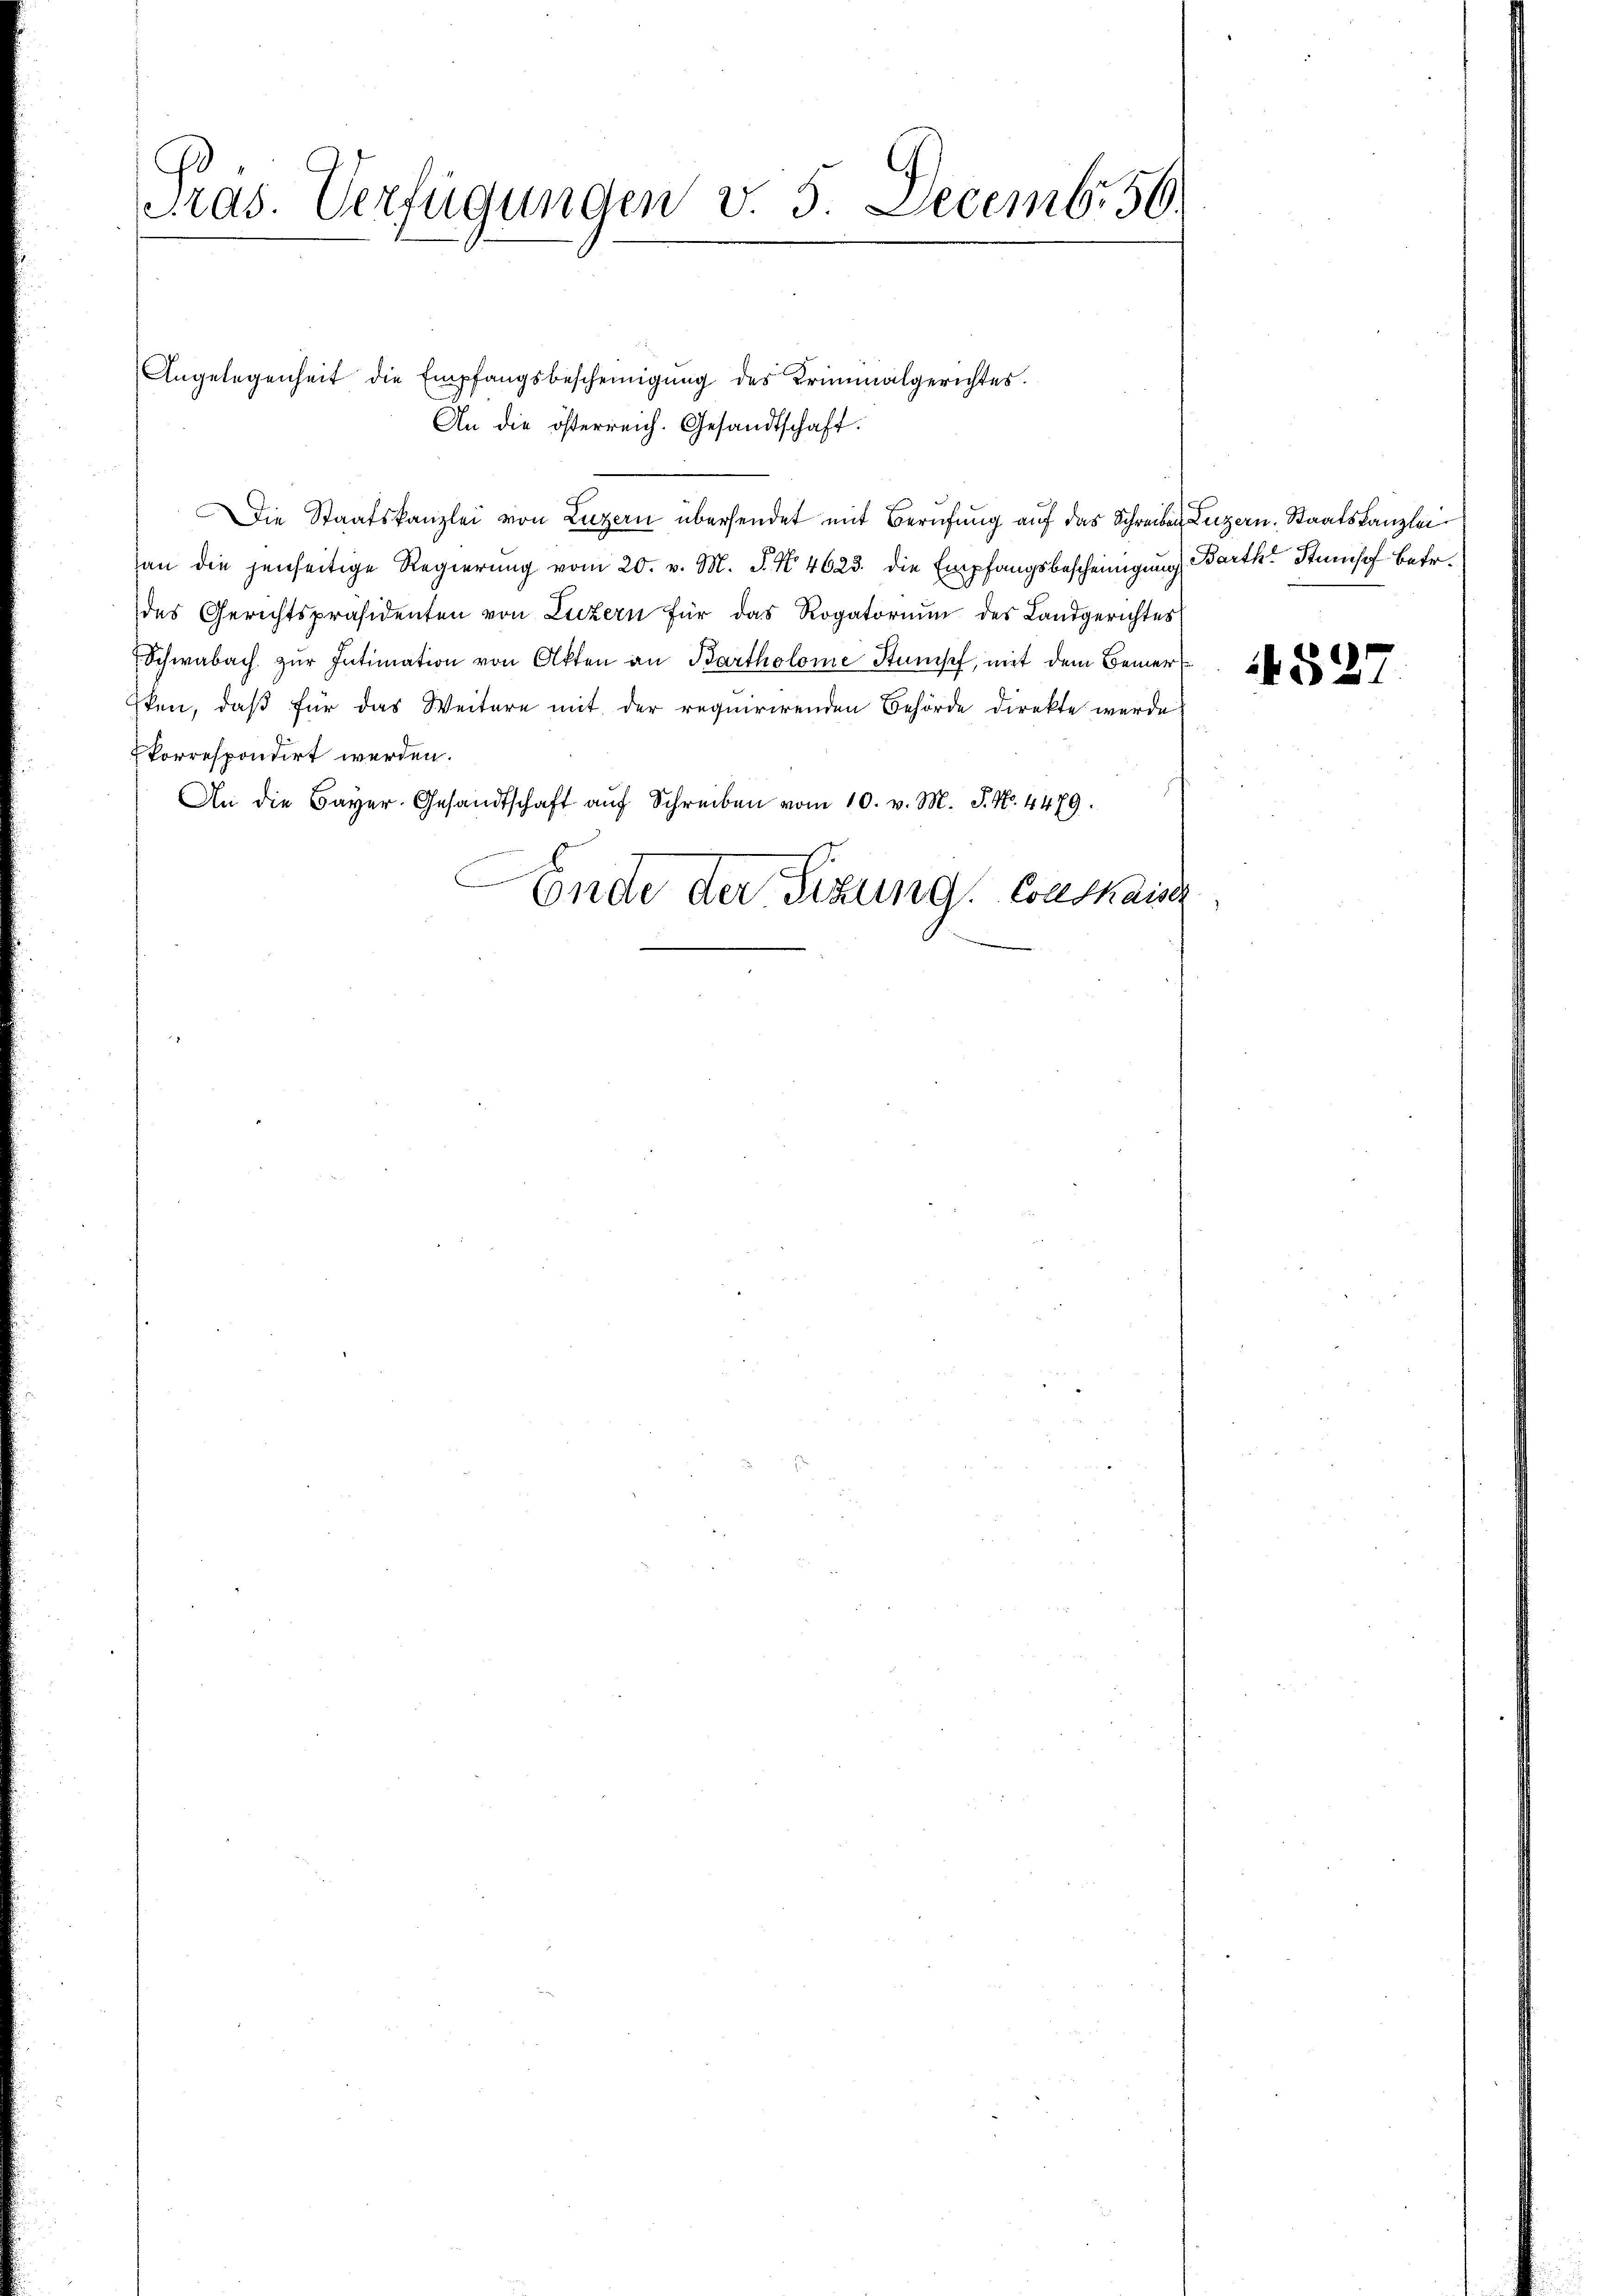
Präs. Verfügungen v. 5. Decemb. 56.

Angelegenheit die Empfangsbescheinigŭng des Kriminalgerichtes.
An die österreich. Gesandtschaft.
Die Staatskanzlei von Luzern übersendet mit Berufung auf das Schreiben Luzern, Staatskanzlei
an die jenseitige Regierŭng vom 20. v. M. N. N. 4623. die Empfangsbescheinigung Barth. Stumpf betr.
des Gerichtspräsidenten von Luzern für das Rogatoriŭm des Landgerichtes
Schwabach zŭr Intimation von Akten an Bartholome Stumpf, mit dem Bemersten, daß für das Weitere mit der requirirenden Behörde direkte werde
korrespondirt werden.
An die Bayer. Gesandtschaft aŭf Schreiben vom 10. v. M. P. Nr. 4479.
Ende der Sizung Conskaise

52.